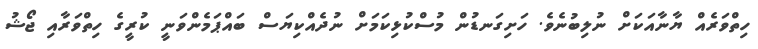
ހިތްވަރެއް ޔާނާއަކަށް ނުލިބުނެވެ. ހަށިގަނޑުން މުސްކުޅިކަމަށް ނުދެއްކިޔަސް ބައްޕަމެންވަނީ ކުރީގެ ހިތްވަރާއި ޖޯޝު